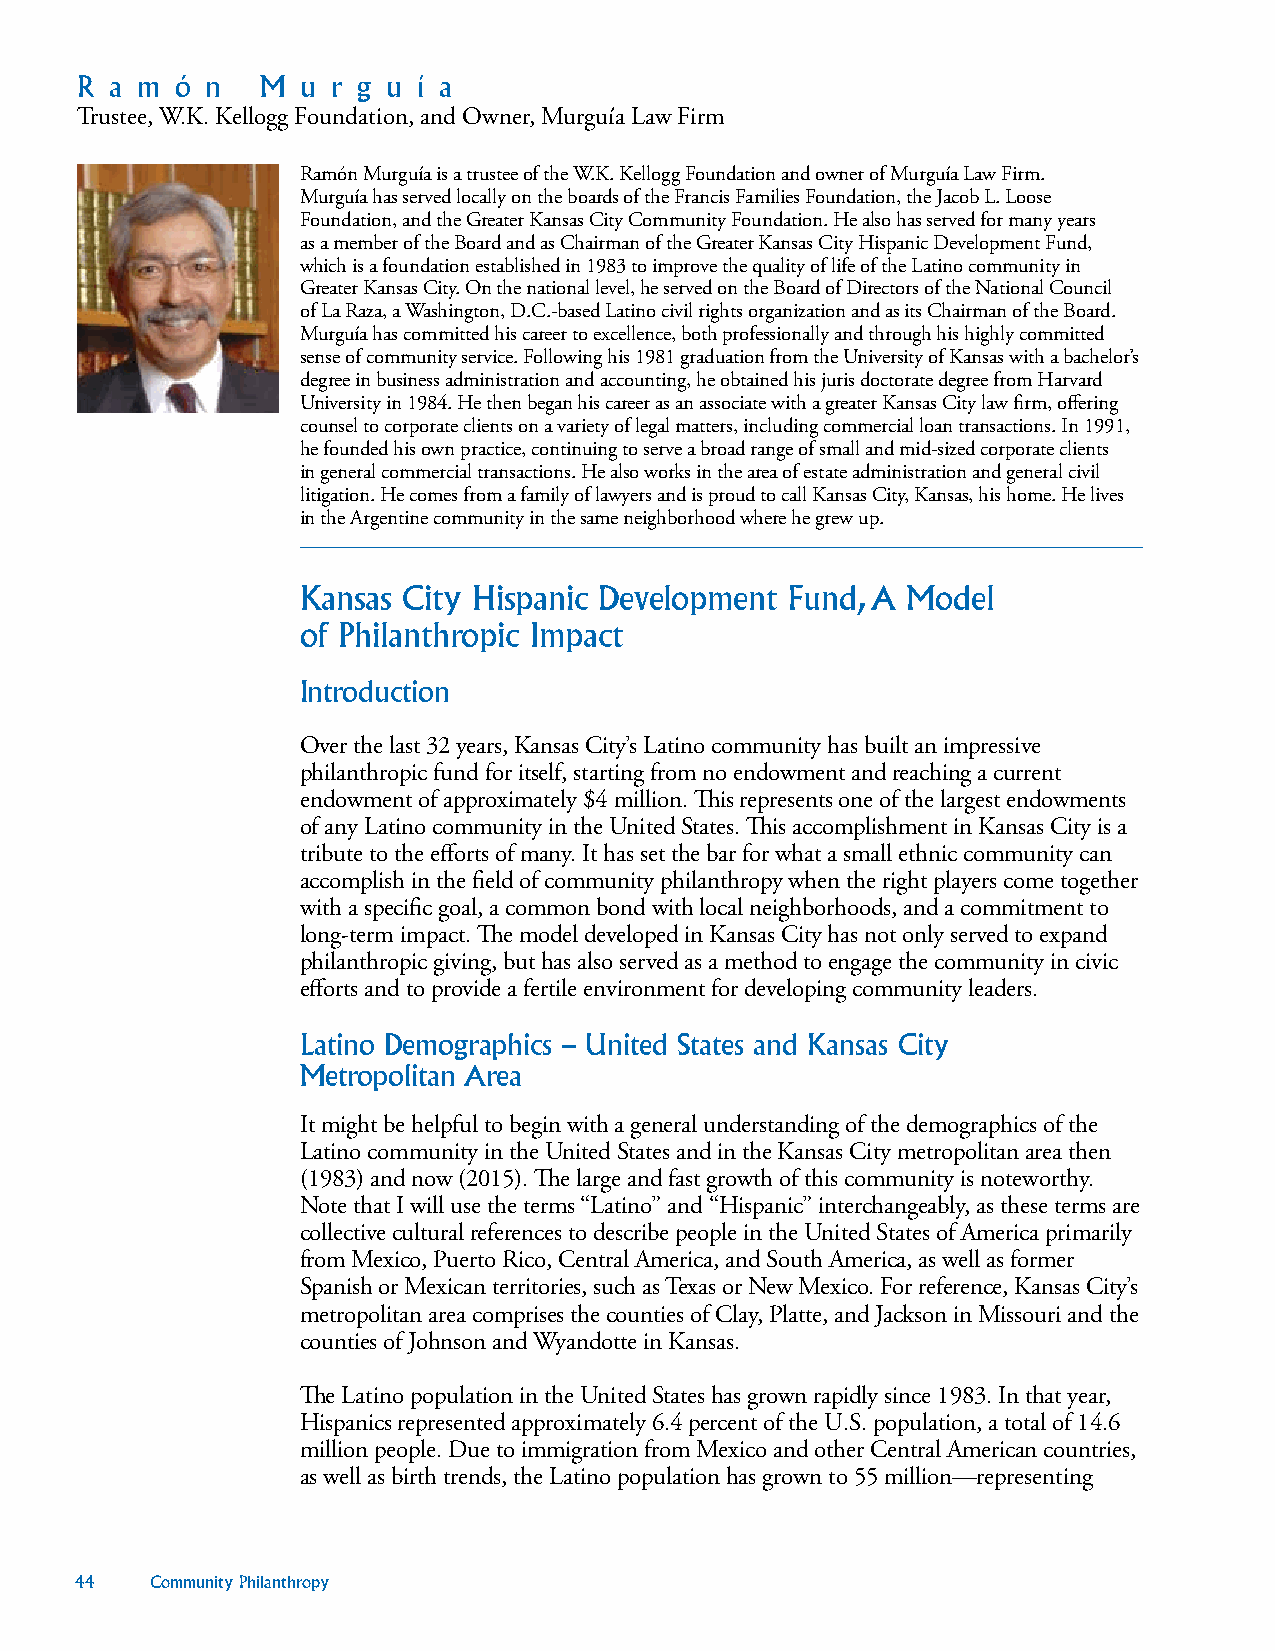
R a m  ó n  M  u r g u í a
 Trustee, W.K. Kellogg Foundation, and Owner, Murguía Law Firm
 Ramón Murguía is a trustee of the W.K. Kellogg Foundation and owner of Murguía Law Firm.
 Murguía has served locally on the boards of the Francis Families Foundation, the Jacob L. Loose
 Foundation, and the Greater Kansas City Community Foundation. He also has served for many years
 as a member of the Board and as Chairman of the Greater Kansas City Hispanic Development Fund,
 which is a foundation established in 1983 to improve the quality of life of the Latino community in
 Greater Kansas City. On the national level, he served on the Board of Directors of the National Council
 of La Raza, a Washington, D.C.-based Latino civil rights organization and as its Chairman of the Board.
 Murguía has committed his career to excellence, both professionally and through his highly committed
 sense of community service. Following his 1981 graduation from the University of Kansas with a bachelor’s
 degree in business administration and accounting, he obtained his juris doctorate degree from Harvard
 University in 1984. He then began his career as an associate with a greater Kansas City law firm, offering
 counsel to corporate clients on a variety of legal matters, including commercial loan transactions. In 1991,
 he founded his own practice, continuing to serve a broad range of small and mid-sized corporate clients
 in general commercial transactions. He also works in the area of estate administration and general civil
 litigation. He comes from a family of lawyers and is proud to call Kansas City, Kansas, his home. He lives
 in the Argentine community in the same neighborhood where he grew up.
 Kansas City Hispanic Development Fund, A Model
 of Philanthropic Impact
 Introduction
 Over the last 32 years, Kansas City’s Latino community has built an impressive
 philanthropic fund for itself, starting from no endowment and reaching a current
 endowment of approximately $4 million. This represents one of the largest endowments
 of any Latino community in the United States. This accomplishment in Kansas City is a
 tribute to the efforts of many. It has set the bar for what a small ethnic community can
 accomplish in the field of community philanthropy when the right players come together
 with a specific goal, a common bond with local neighborhoods, and a commitment to
 long-term impact. The model developed in Kansas City has not only served to expand
 philanthropic giving, but has also served as a method to engage the community in civic
 efforts and to provide a fertile environment for developing community leaders.
 Latino Demographics – United States and Kansas City
 Metropolitan Area
 It might be helpful to begin with a general understanding of the demographics of the
 Latino community in the United States and in the Kansas City metropolitan area then
 (1983) and now (2015). The large and fast growth of this community is noteworthy.
 Note that I will use the terms “Latino” and “Hispanic” interchangeably, as these terms are
 collective cultural references to describe people in the United States of America primarily
 from Mexico, Puerto Rico, Central America, and South America, as well as former
 Spanish or Mexican territories, such as Texas or New Mexico. For reference, Kansas City’s
 metropolitan area comprises the counties of Clay, Platte, and Jackson in Missouri and the
 counties of Johnson and Wyandotte in Kansas.
 The Latino population in the United States has grown rapidly since 1983. In that year,
 Hispanics represented approximately 6.4 percent of the U.S. population, a total of 14.6
 million people. Due to immigration from Mexico and other Central American countries,
 as well as birth trends, the Latino population has grown to 55 million—representing
 44   Community Philanthropy